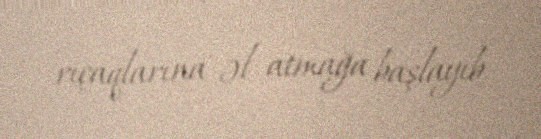
rıçaqlarına əl atmağa başlayıb.